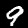
Digit: 9